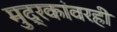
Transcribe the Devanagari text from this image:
मुद्रकांवरही